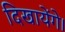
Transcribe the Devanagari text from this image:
दिखायेंगे।